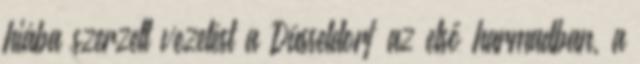
hiába szerzett vezetést a Düsseldorf az első harmadban, a